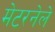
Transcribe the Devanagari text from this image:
मेटरनेले